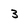
Character: 3